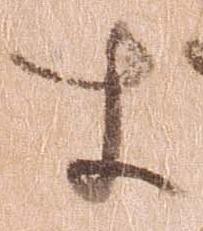
す